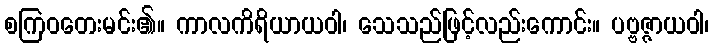
စကြဝတေးမင်း၏။ ကာလကိရိယာယဝါ၊ သေသည်ဖြင့်လည်းကောင်း။ ပဗ္ဗဇ္ဇာယဝါ၊